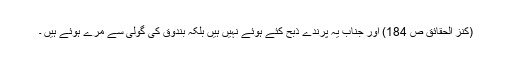
(کنز الحقائق ص 184) اور جناب يہ پرندے ذبح کئے ہوئے نہيں ہيں بلکہ بندوق کی گولی سے مرے ہوئے ہيں ۔